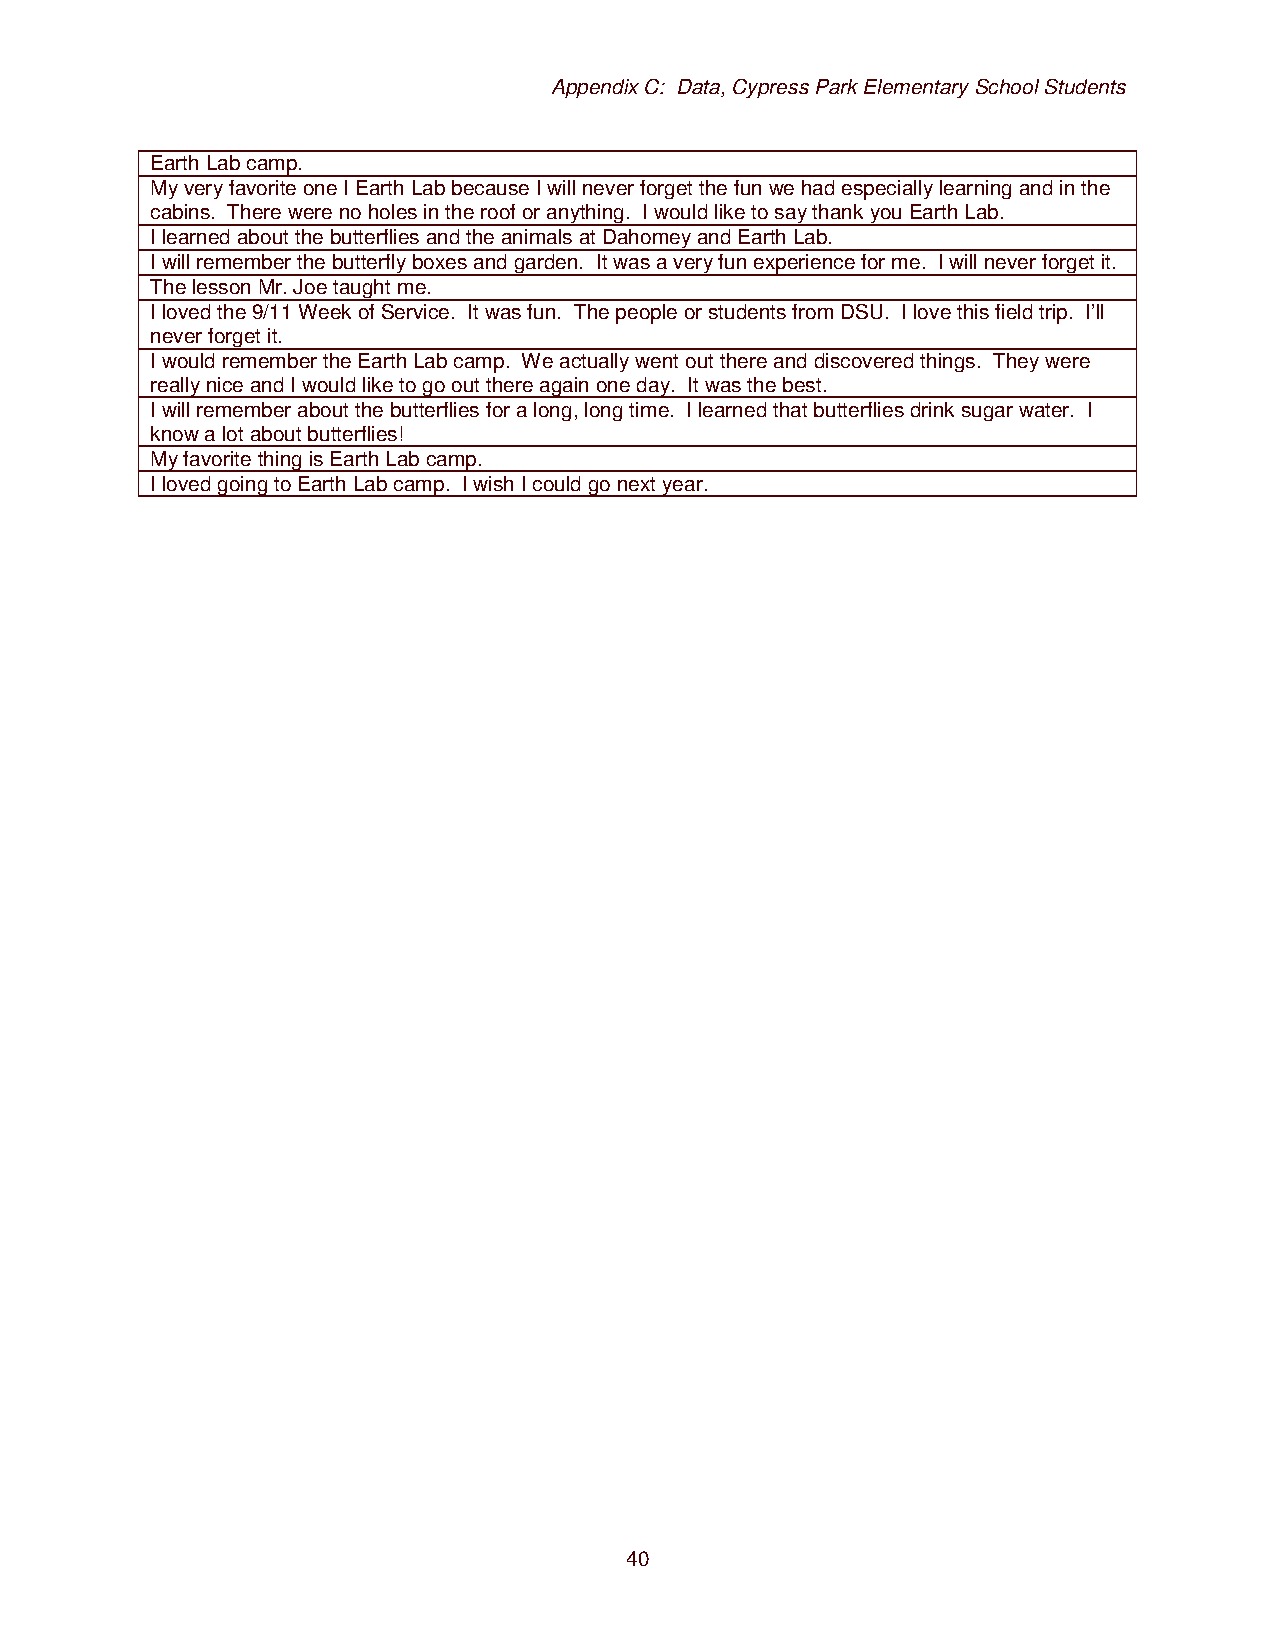
Appendix C: Data, Cypress Park Elementary School Students
 Earth Lab camp.
 My very favorite one I Earth Lab because I will never forget the fun we had especially learning and in the
 cabins. There were no holes in the roof or anything. I would like to say thank you Earth Lab.
 I learned about the butterflies and the animals at Dahomey and Earth Lab.
 I will remember the butterfly boxes and garden. It was a very fun experience for me. I will never forget it.
 The lesson Mr. Joe taught me.
 I loved the 9/11 Week of Service. It was fun. The people or students from DSU. I love this field trip. I’ll
 never forget it.
 I would remember the Earth Lab camp. We actually went out there and discovered things. They were
 really nice and I would like to go out there again one day. It was the best.
 I will remember about the butterflies for a long, long time. I learned that butterflies drink sugar water. I
 know a lot about butterflies!
 My favorite thing is Earth Lab camp.
 I loved going to Earth Lab camp. I wish I could go next year.
 40